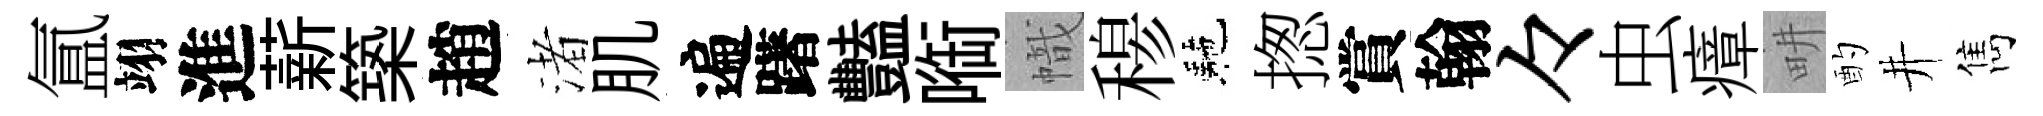
氲翊進薪築趙渚肌遍躇豔㗸幟𥠇駰揔賞翰々虫瘴畊酌井雋